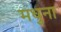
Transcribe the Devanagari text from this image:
मधुना